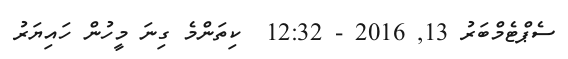
ސެޕްޓެމްބަރު 13